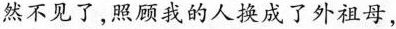
然不见了，照顾我的人换成了外祖母，